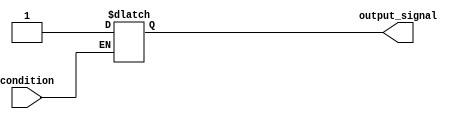
module WaitCondition (
    input wire condition,      // Input condition to monitor
    output reg output_signal   // Output signal reflecting post-condition state
);

    // Initial state of output_signal
    initial begin
        output_signal = 1'b0; // Default state
    end

    // Always block to monitor the condition
    always @* begin
        // Wait until the condition is true
        if (condition) begin
            // Condition met, proceed with further logic
            output_signal = 1'b1; // Change output_signal based on application needs
        end else begin
            // Condition not met, maintain the current state
            output_signal = output_signal; // Retain the previous state
        end
    end

endmodule